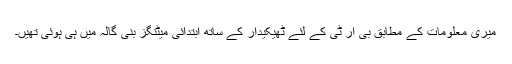
میری معلومات کے مطابق بی آر ٹی کے لئے ٹھیکیدار کے ساتھ ابتدائی میٹنگز بنی گالہ میں ہی ہوئی تھیں۔